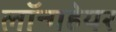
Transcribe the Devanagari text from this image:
लॉन्गहेयर